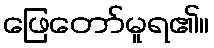
ဖြေတော်မူရ၏။